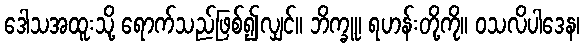
ဒေါသအထူးသို့ ရောက်သည်ဖြစ်၍လျှင်။ ဘိက္ခူ၊ ရဟန်းတို့ကို။ ဝသလိပါဒေန၊